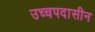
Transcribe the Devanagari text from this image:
उच्चपदासीन